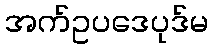
အက်ဥပဒေပုဒ်မ